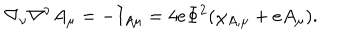
\nabla _ { \nu } \nabla ^ { \nu } A _ { \mu } = - I _ { A \mu } = 4 e \Phi ^ { 2 } ( \chi _ { A , \mu } + e A _ { \mu } ) .